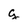
Character: g